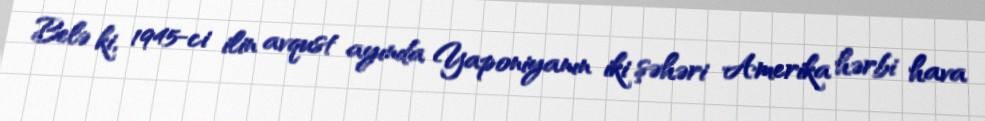
Belə ki, 1945-ci ilin avqust ayında Yaponiyanın iki şəhəri Amerika hərbi hava